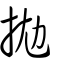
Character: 抛